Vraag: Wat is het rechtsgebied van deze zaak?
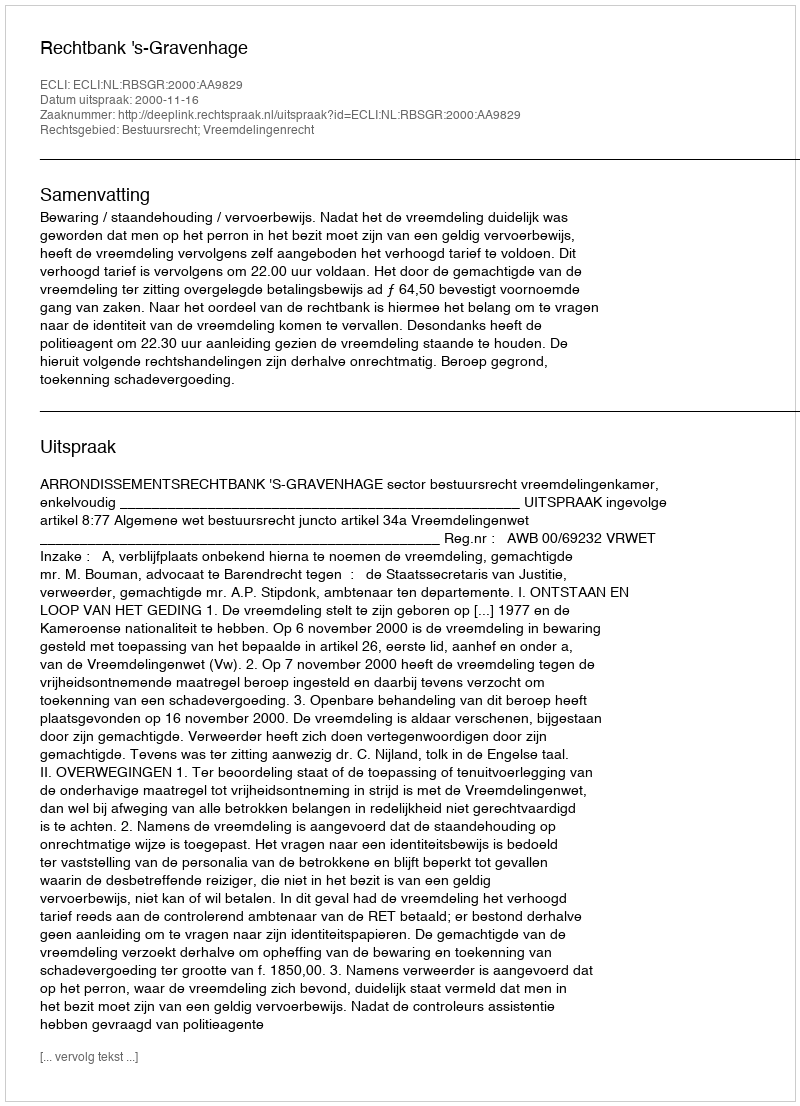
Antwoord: Bestuursrecht; Vreemdelingenrecht